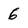
Character: 6